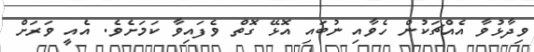
ވިދާޅުވާ އެއްޗަކުން ހެވާއި ނުބައި އޮޅޭ ގޮތް ވެފައިވާ ކަމަށެވެ. އެއީ ވަރަށް